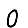
Digit: 0